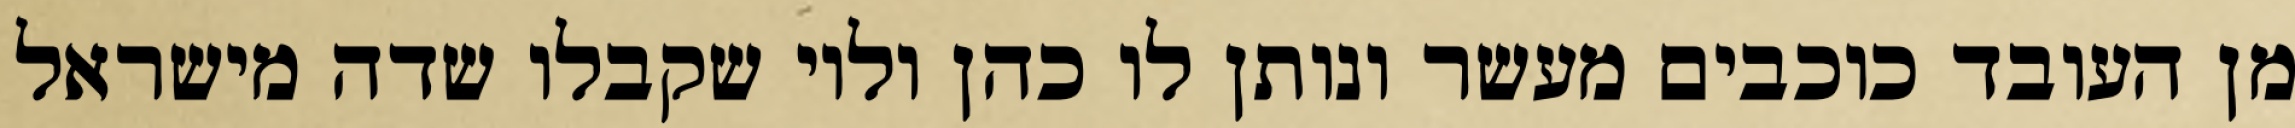
מן העובד כוכבים מעשר ונותן לו כהן ולוי שקבלו שדה מישראל